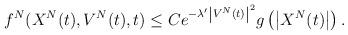
LaTeX: \begin{align*}f^N(X^N(t), V^N(t),t)\leq Ce^{-\lambda' \left|V^N(t)\right|^2}g\left(\left|X^N(t)\right|\right).\end{align*}